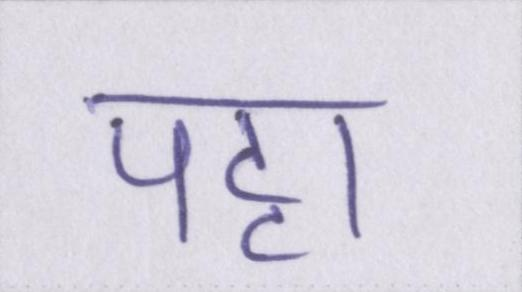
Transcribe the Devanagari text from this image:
पट्टा